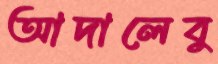
আদালেবু